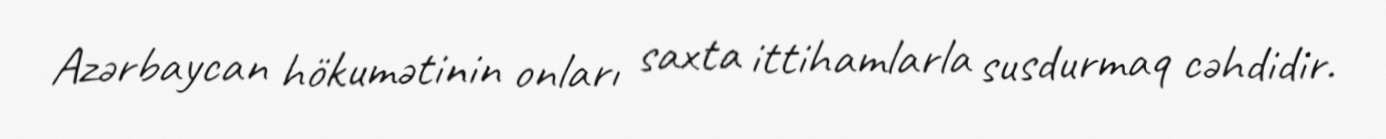
Azərbaycan hökumətinin onları saxta ittihamlarla susdurmaq cəhdidir.